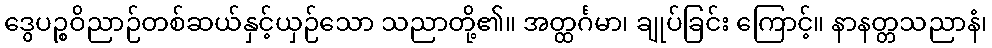
ဒွေပဉ္စဝိညာဉ်တစ်ဆယ်နှင့်ယှဉ်သော သညာတို့၏။ အတ္ထင်္ဂမာ၊ ချုပ်ခြင်း ကြောင့်။ နာနတ္တသညာနံ၊